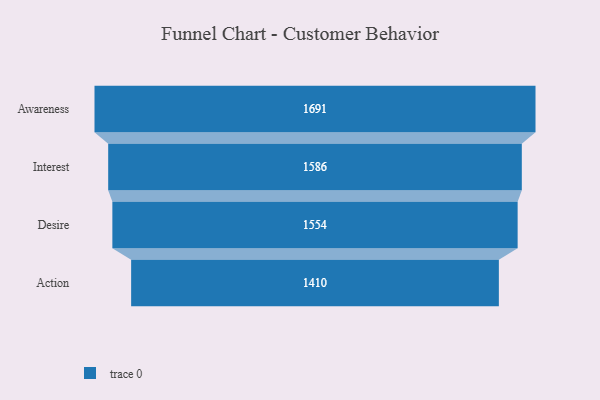
{"axis": {"x": "Stage", "y": "Value"}, "legend": [""], "data": [{"x": "Awareness", "y": 1691.0, "type": ""}, {"x": "Interest", "y": 1586.0, "type": ""}, {"x": "Desire", "y": 1554.0, "type": ""}, {"x": "Action", "y": 1410.0, "type": ""}]}